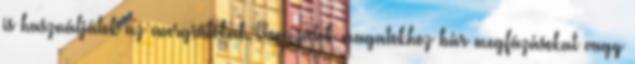
is használjátok az energiátokat. Vonzzatok magatokhoz bár megfázásokat vagy